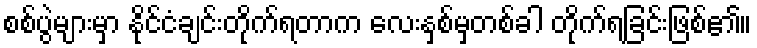
စစ်ပွဲများမှာ နိုင်ငံချင်းတိုက်ရတာက လေးနှစ်မှတစ်ခါ တိုက်ရခြင်းဖြစ်၏။